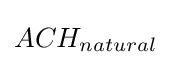
ACH_{natural}